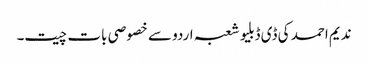
ندیم احمد کی ڈی ڈبلیو شعبہ اردو سے خصوصی بات چیت۔